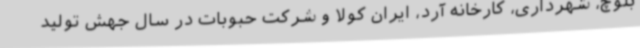
بلوچ، شهرداری، کارخانه آرد، ایران کولا و شرکت حبوبات در سال جهش تولید